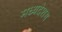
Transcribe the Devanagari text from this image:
मध्यदेशग